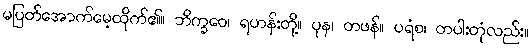
မပြတ်အောက်မေ့ထိုက်၏။ ဘိက္ခဝေ၊ ရဟန်းတို့။ ပုန၊ တဖန်။ ပရံစ၊ တပါးတုံလည်း။